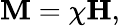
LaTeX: \mathbf{M}=\chi\mathbf{H},